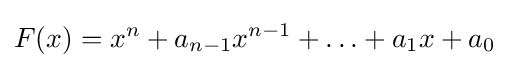
F(x)=x^{n}+a_{n-1}x^{n-1}+\ldots +a_{1}x+a_{0}